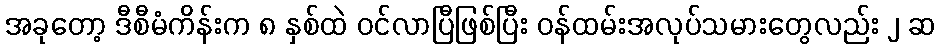
အခုတော့ ဒီစီမံကိန်းက ၈ နှစ်ထဲ ဝင်လာပြီဖြစ်ပြီး ဝန်ထမ်းအလုပ်သမားတွေလည်း ၂ ဆ